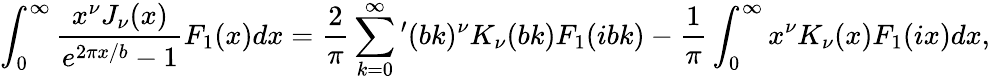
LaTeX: \int_{0}^{\infty}{\frac{x^{\nu}J_{\nu}(x)}{e^{2\pi x/b}-1}F_{1}(x)dx}=\frac{2}{\pi}\sum_{k=0}^{\infty}{'}(bk)^{\nu}K_{\nu}(bk)F_{1}(ibk)-\frac{1}{\pi}\int_{0}^{\infty}{x^{\nu}K_{\nu}(x)F_{1}(ix)dx},